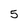
Character: 5